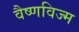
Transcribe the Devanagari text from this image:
वैष्णविज्म